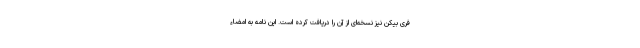
فری بیکن نیز نسخه‌ای از آن را دریافت کرده است. این نامه به امضاء